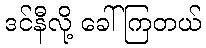
ဒင်နီလို့ ခေါ်ကြတယ်